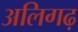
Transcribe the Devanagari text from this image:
अलिगढ़